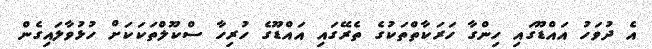
އެ ދުވަހު އައްޑޫގައި ހިންގާ ހަރަކާތްތަކުގެ ތެރޭގައި އައްޑޫގެ ހުރިހާ ސްކޫލްތަކަކަށް ހުޅުވާލައިގެން